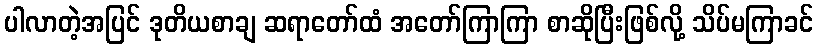
ပါလာတဲ့အပြင် ဒုတိယစာချ ဆရာတော်ထံ အတော်ကြာကြာ စာဆိုပြီးဖြစ်လို့ သိပ်မကြာခင်